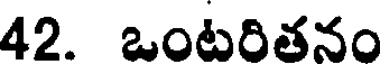
42. ఒంటరితనం